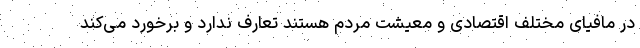
در مافیای مختلف اقتصادی و معیشت مردم هستند تعارف ندارد و برخورد می‌کند